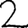
Digit: 2